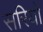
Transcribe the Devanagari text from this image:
सरियो